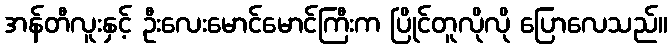
အန်တီလူးနှင့် ဦးလေးမောင်မောင်ကြီးက ပြိုင်တူလိုလို ပြောလေသည်။